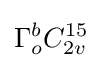
\Gamma _{o}^{b}C_{2v}^{15}